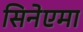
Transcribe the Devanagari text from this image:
सिनेएमा